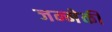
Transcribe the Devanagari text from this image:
जन्मेकी